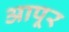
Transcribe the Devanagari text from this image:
आपूर